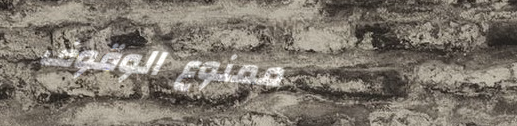
ممنوع الوقوف